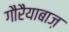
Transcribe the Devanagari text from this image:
गौरैयाबाज़